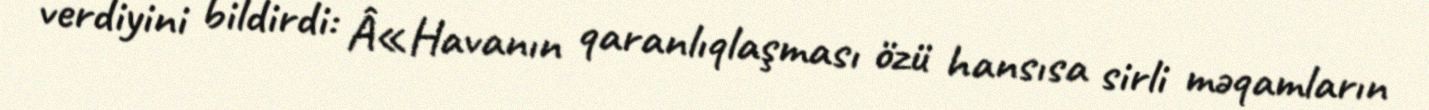
verdiyini bildirdi: Â«Havanın qaranlıqlaşması özü hansısa sirli məqamların